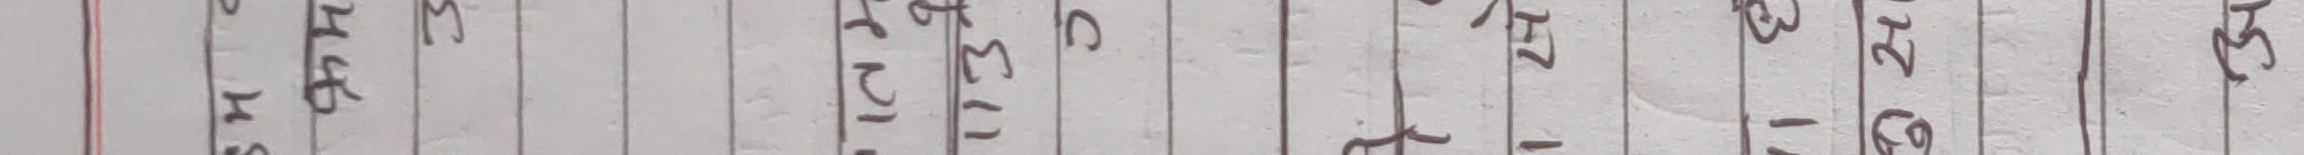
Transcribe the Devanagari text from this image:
१६ मास